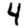
Digit: 4